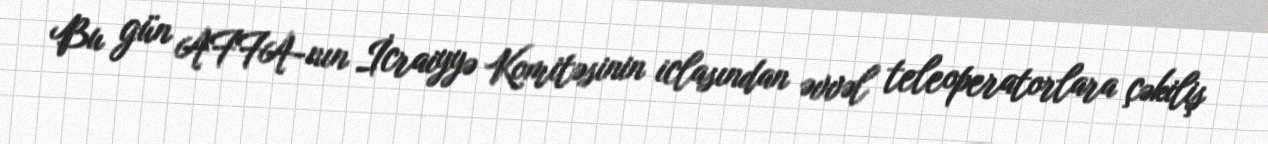
Bu gün AFFA-nın İcraiyyə Komitəsinin iclasından əvvəl teleoperatorlara çəkiliş